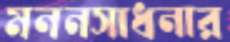
মননসাধনার